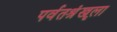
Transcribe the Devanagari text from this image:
पर्वतश्रृंखला